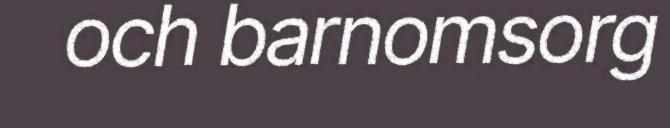
och barnomsorg